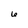
Character: 6